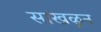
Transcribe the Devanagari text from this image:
साखळून